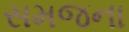
સમજના